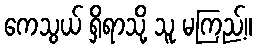
ကေသွယ် ရှိရာသို့ သူ မကြည့်။